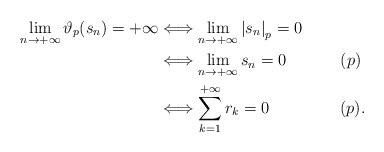
\begin{align*}\lim_{n \rightarrow + \infty} \vartheta_p(s_n) = + \infty & \Longleftrightarrow \lim_{n \rightarrow + \infty} {\left\vert s_n\right\vert}_p = 0 \\& \Longleftrightarrow \lim_{n \rightarrow + \infty} s_n = 0 ~~~~~~~~~~ ( p) \\& \Longleftrightarrow \sum_{k = 1}^{+ \infty} r_k = 0 ~~~~~~~~~~~~~ ( p) .\end{align*}